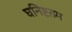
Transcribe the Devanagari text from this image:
घनिष्टतम